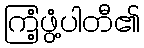
ကြံ့ဖွံ့ပါတီ၏